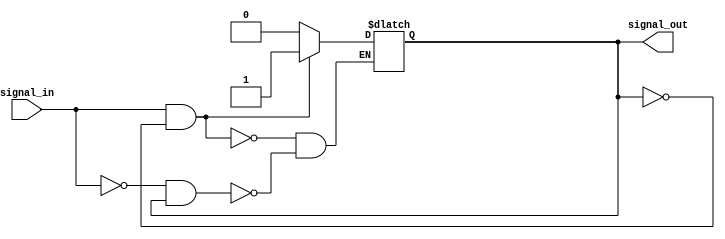
module schmitt_trigger_buffer(
  input wire signal_in,
  output reg signal_out
);

// Parameters
parameter THRESHOLD_HIGH = 1'b1;
parameter THRESHOLD_LOW = 1'b0;

// Internal signal
reg schmitt_state;

// Schmitt trigger logic
always @(signal_in)
begin
  if (signal_in == THRESHOLD_HIGH && schmitt_state == 0) begin
    schmitt_state <= 1;
  end else if (signal_in == THRESHOLD_LOW && schmitt_state == 1) begin
    schmitt_state <= 0;
  end
end

// Output logic
always @(schmitt_state)
begin
  signal_out <= schmitt_state;
end

endmodule